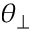
\theta _ { \perp }